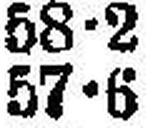
57•6